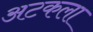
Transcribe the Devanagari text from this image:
अटकला